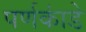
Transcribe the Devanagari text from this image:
पर्णकांडे